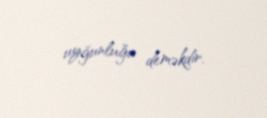
uyğunluğu deməkdir.